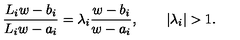
{ \frac { L _ { i } w - b _ { i } } { L _ { i } w - a _ { i } } } = \lambda _ { i } { \frac { w - b _ { i } } { w - a _ { i } } } , \qquad | \lambda _ { i } | > 1 .